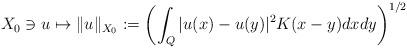
LaTeX: \begin{align*}X_0\ni u\mapsto \|u\|_{X_0}:=\left(\int_Q|u(x)-u(y)|^2K(x-y)dxdy\right)^{1/2}\end{align*}